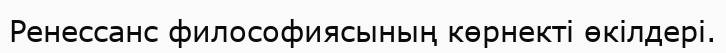
Ренессанс философиясының көрнекті өкілдері.